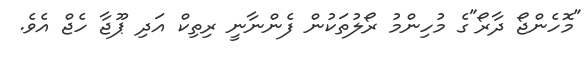
"މޮހެންޖޯ ދާރޯ"ގެ މުހިންމު ރޯލުތަކުން ފެންނާނީ ރިތިކް އަދި ޕޫޖާ ހެޖް އެވެ.